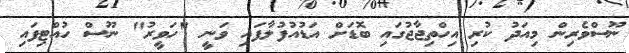
ނޫސްވެރިން މިއަދު ކުރި އިހްތިޖާޖުގައި ބޮޑަށް އަޑުއުފުލާފައި ވަނީ "ހަވީރު" ނޫސް ހުއްޓިފައި